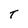
Character: T